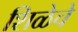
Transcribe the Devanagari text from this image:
शिळेचे